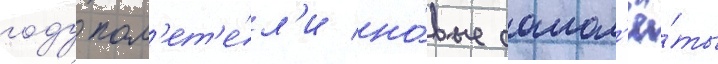
году пол'ет'е́л'и но́вые самол'ё́ты